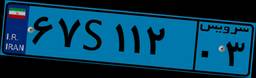
۶۷S۱۱۲۰۳